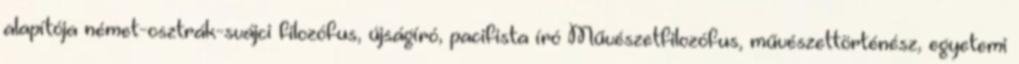
alapítója német-osztrák-svájci filozófus, újságíró, pacifista író Művészetfilozófus, művészettörténész, egyetemi